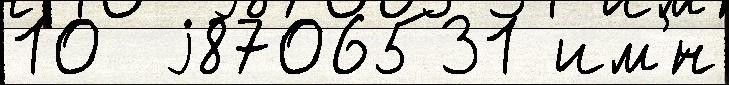
10  j8706531 им'́н